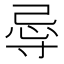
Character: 𭔲